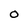
Character: 0